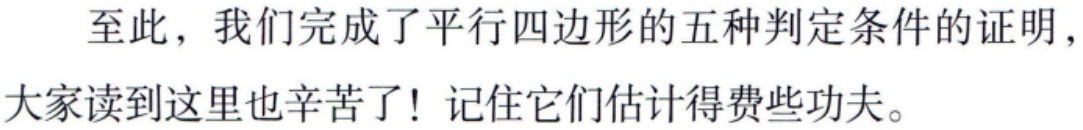
至此，我们完成了平行四边形的五种判定条件的证明，大家读到这里也辛苦了！记住它们估计得费些功夫。